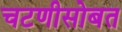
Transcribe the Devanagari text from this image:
चटणीसोबत